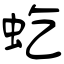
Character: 虼